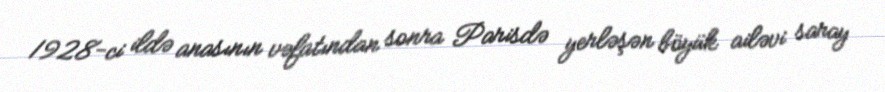
1928-ci ildə anasının vəfatından sonra Parisdə yerləşən böyük ailəvi saray